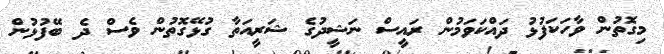
މިގޮތުން ވާހަކަފުޅު ދައްކަވަމުން ރައީސް ނަޝީދުގެ ޝަރީއަތާ ގުޅޭގޮތުން ވެސް ދެ ބޭފުޅުން